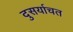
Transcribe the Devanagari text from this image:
दुसर्याचत